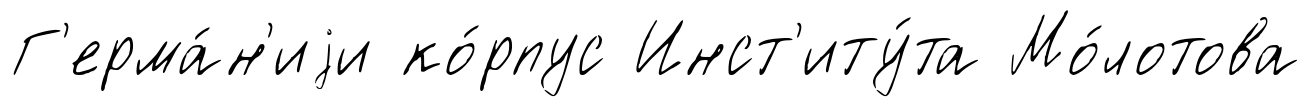
Г'ерма́н'иjи ко́рпус Инст'иту́та Мо́лотова